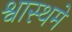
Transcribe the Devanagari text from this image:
श्वास्थमे